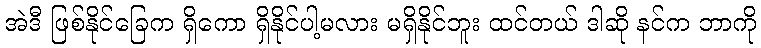
အဲဒီ ဖြစ်နိုင်ခြေက ရှိကော ရှိနိုင်ပါ့မလား မရှိနိုင်ဘူး ထင်တယ် ဒါဆို နင်က ဘာကို